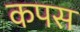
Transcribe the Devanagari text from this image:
कपस